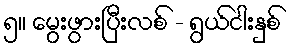
၅။ မွေးဖွားပြီးလစ် - ရွယ်ငါးနှစ်